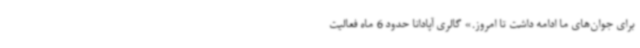
برای جوان‌های ما ادامه داشت تا امروز.» گالری آپادانا حدود 6 ماه فعالیت